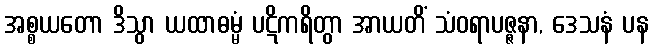
အစ္စယတော ဒိသွာ ယထာဓမ္မံ ပဋိကရိတွာ အာယတိံ သံဝရာပဇ္ဇနာ, ဒေသနံ ပန